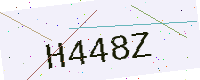
Text: H448Z